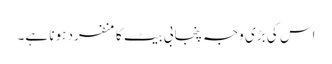
اس کی بڑی وجہ پنجابی بیٹ کا منفرد ہونا ہے۔